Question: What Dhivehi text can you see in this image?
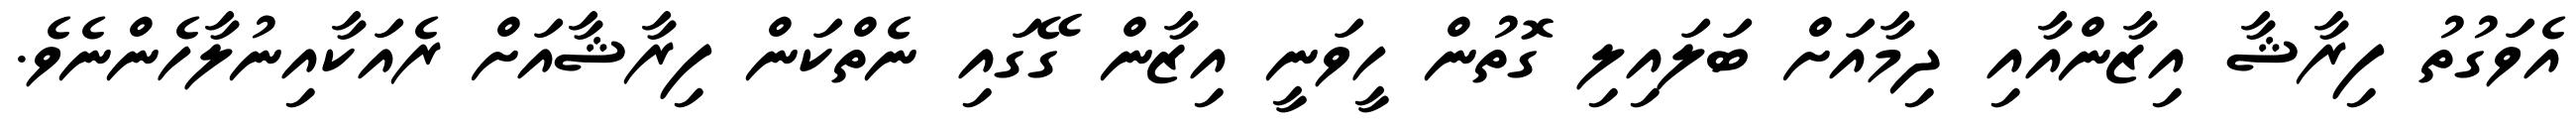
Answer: އެވަގުތު ފިރާޝާ އިޒާންއާއި ދިމާއަށް ބަލައިލި ގޮތުން ހީވަނީ އިޒާން ގޭގައި ނެތްކަން ފިރާޝާއަށް ރެއަކާއިނުލާހެންނެވެ.